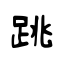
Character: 跳